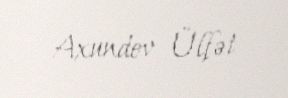
Axundov Ülfət